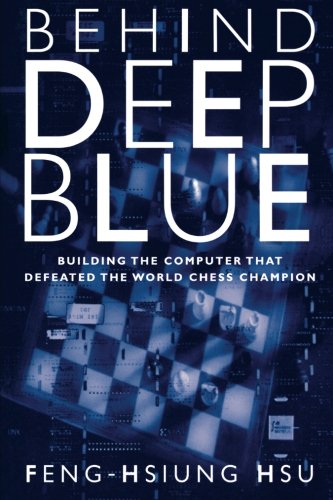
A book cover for Behind Deep Blue: Building the Computer that Defeated the World Chess Champion; Feng-Hsiung Hsu; Computers & Technology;